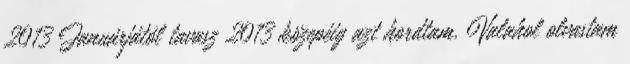
2013 Januárjától tavasz 2013 közepéig azt hordtam. Valahol olvastam